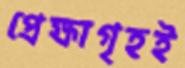
প্রেক্ষাগৃহই